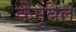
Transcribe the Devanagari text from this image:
कैम्बैल